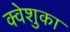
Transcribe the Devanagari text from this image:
क्वेशुका